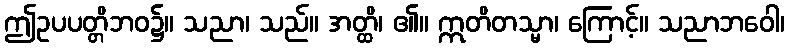
ဤဥပပတ္တိဘဝ၌။ သညာ၊ သည်။ အတ္ထိ၊ ၏။ ဣတိတသ္မာ၊ ကြောင့်။ သညာဘဝေါ၊